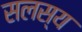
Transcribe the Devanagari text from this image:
सलस्य